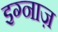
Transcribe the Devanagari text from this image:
इग्नाज़